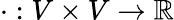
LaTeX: \cdot:V\times V\rightarrow\mathbb{R}